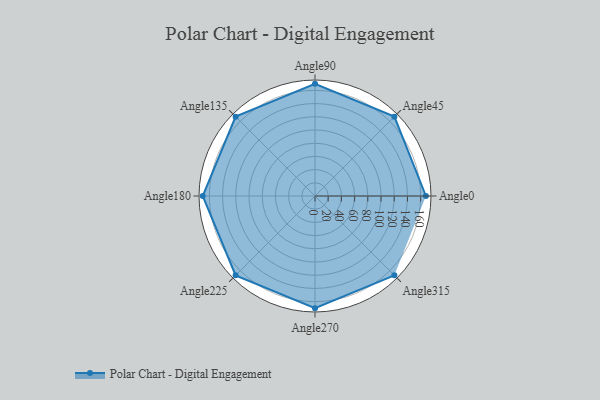
{"axis": {"x": "Angle", "y": "Radius"}, "legend": [""], "data": [{"x": "Angle0", "y": 168.0, "type": ""}, {"x": "Angle45", "y": 170, "type": ""}, {"x": "Angle90", "y": 170, "type": ""}, {"x": "Angle135", "y": 170, "type": ""}, {"x": "Angle180", "y": 170, "type": ""}, {"x": "Angle225", "y": 170, "type": ""}, {"x": "Angle270", "y": 170, "type": ""}, {"x": "Angle315", "y": 170, "type": ""}]}